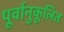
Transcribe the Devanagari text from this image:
पूर्वानुकूलित